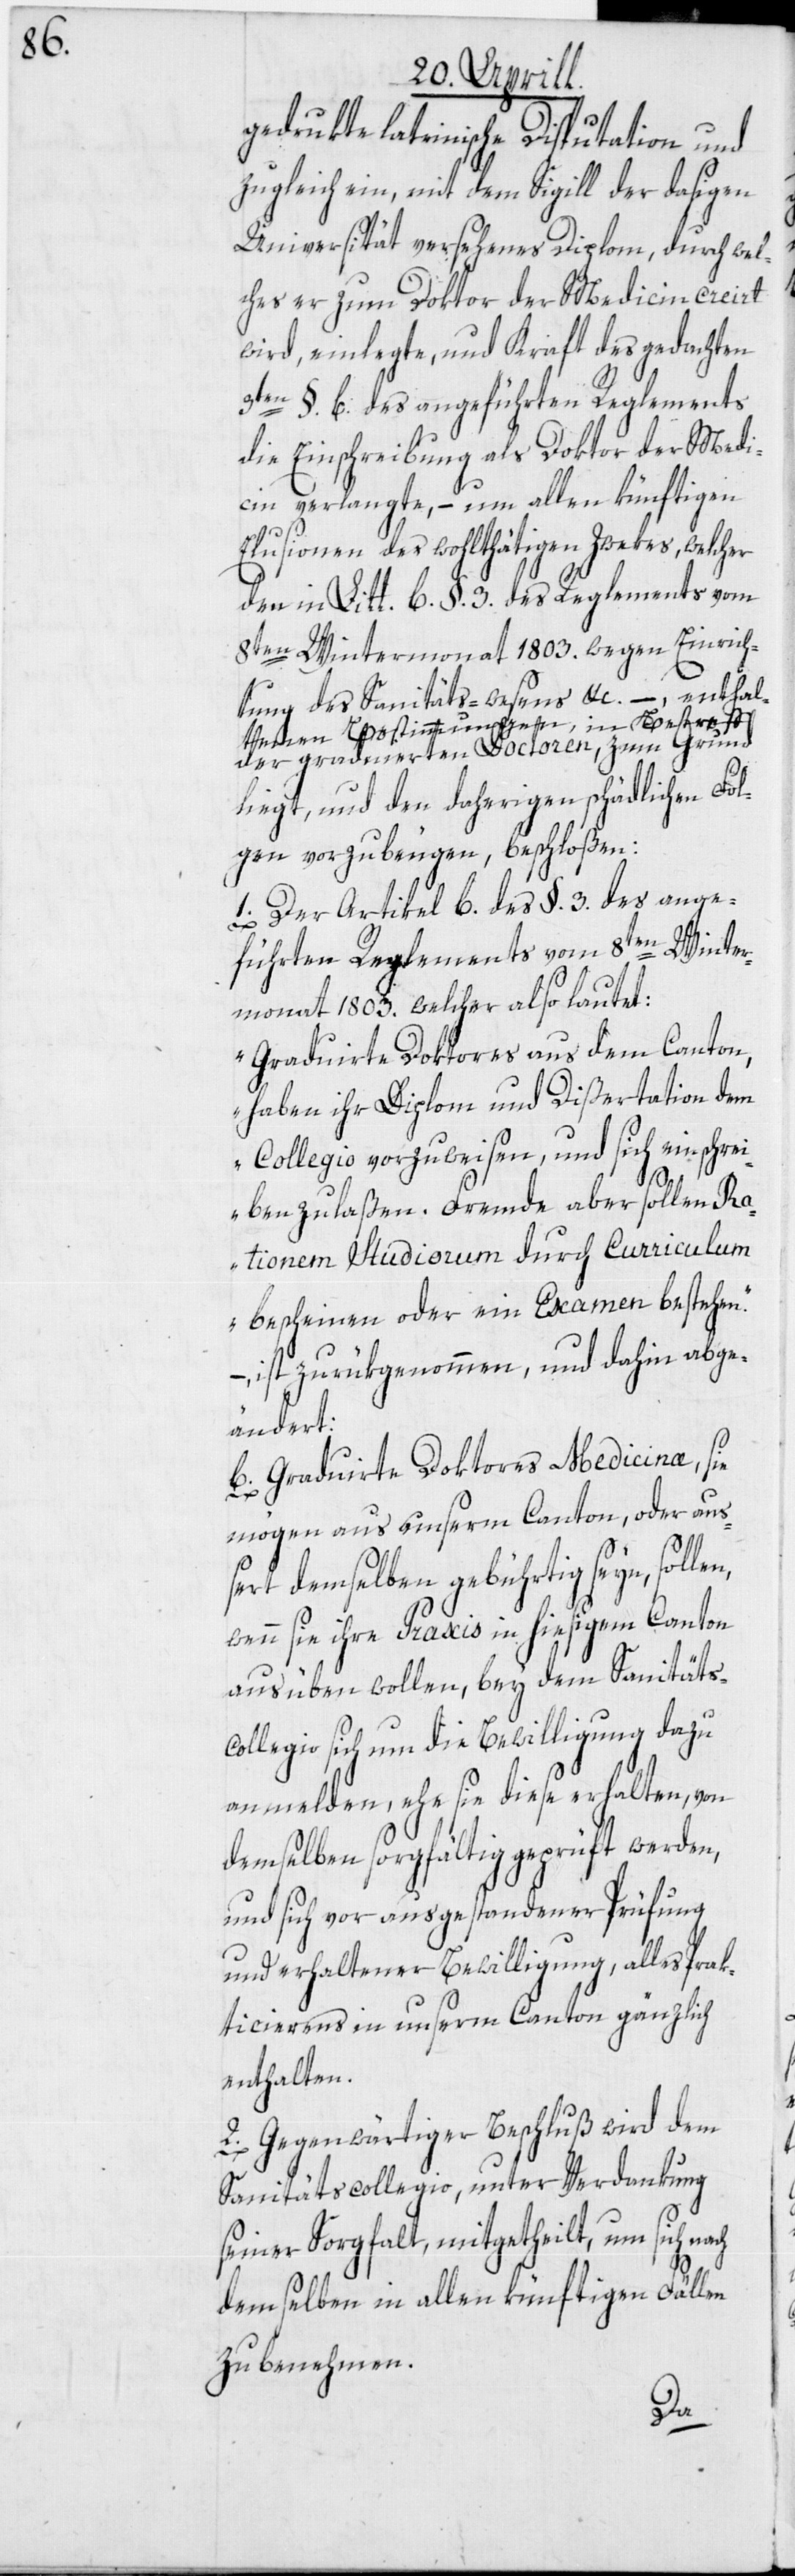
gedrukte lateinische Disputation und
zugleich ein, mit dem Sigill der dasigen
Universität versehenes Diplom, durch wel¬
ches er zum Doktor der Medicin creirt
wird, einlegte, und Kraft des gedachten
3ten §. b. des angeführten Reglements
die Einschreibung als Doktor der Medi¬
cin verlangte, – um allen künftigen
Elusionen des wohlthätigen Zwekes, welcher
den in Litt. b §. 3. des Reglements vom
8ten Wintermonat 1803. wegen Einrich¬
tung des Sanitäts-wesens etc. –, enthal¬
tenden Bestimmungen, in Betreff
der graduierten Doctoren, zum Grund
liegt, und den daherigen schädlichen Fol¬
gen vorzubeugen, beschloßen:
1. Der Artikel b. des §. 3. des ange¬
führten Reglements vom 8ten Winter¬
monat 1803. welcher also lautet:
„Graduierte Doktores aus dem Canton,
haben ihr Diplom und Dißertation dem
Collegio vorzuweisen, und sich einschrei¬
n,
ben zu laßen. Fremde aber sollen Ra¬
tionem Studiorum durch Curriculum
bescheinen oder ein Examen bestehen.“
–, ist zurükgenommen, und dahin abge¬
ändert:
b. Graduirte Doktores Medicinæ, sie
mögen aus unserm Canton, oder auß¬
ert demselben gebührtig seyn, solle¬
wenn sie ihre Praxis in hiesigem Canton
ausüben wollen, bey dem Sanitäts-C¬
ollegio sich um die Bewilligung dazu
anmelden, ehe sie diese erhalten, von
demselben sorgfältig geprüft werden,
und sich vor ausgestandener Prüfung
und erhaltener Bewilligung, alles Prak¬
ticierens in unserm Canton gänzlich
enthalten.
2. Gegenwärtiger Beschluß wird dem
Sanitätscollegio, unter Verdankung
seiner Sorgfalt, mitgetheilt, um sich nach
demselben in allen künftigen Fällen
zu benehmen.